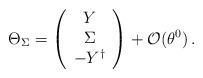
LaTeX: \begin{align*}\Theta_\Sigma = \left(\begin{array}{c} Y\\ \Sigma\\ -Y^\dagger\end{array}\right)+{\cal O}(\theta^0)\,.\end{align*}